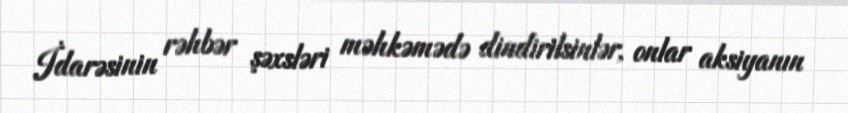
İdarəsinin rəhbər şəxsləri məhkəmədə dindirilsinlər, onlar aksiyanın